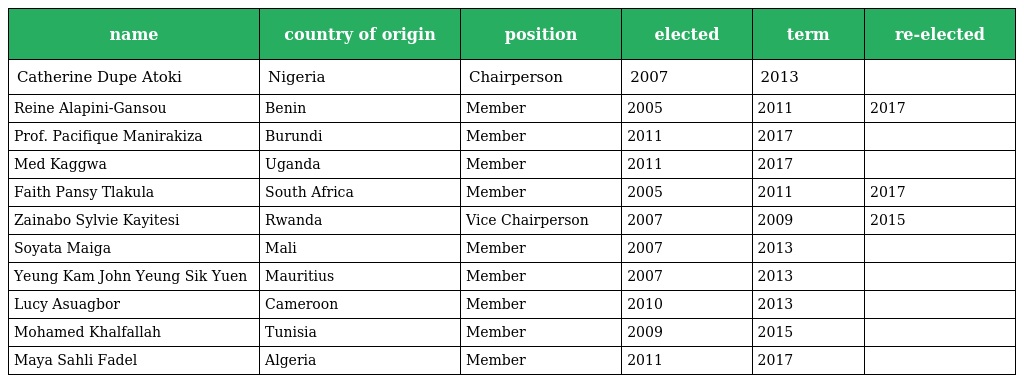
| name | country of origin | position | elected | term | re-elected |
 | --- | --- | --- | --- | --- | --- |
 | Catherine Dupe Atoki | Nigeria | Chairperson | 2007 | 2013 |  |
 | Reine Alapini-Gansou | Benin | Member | 2005 | 2011 | 2017 |
 | Prof. Pacifique Manirakiza | Burundi | Member | 2011 | 2017 |  |
 | Med Kaggwa | Uganda | Member | 2011 | 2017 |  |
 | Faith Pansy Tlakula | South Africa | Member | 2005 | 2011 | 2017 |
 | Zainabo Sylvie Kayitesi | Rwanda | Vice Chairperson | 2007 | 2009 | 2015 |
 | Soyata Maiga | Mali | Member | 2007 | 2013 |  |
 | Yeung Kam John Yeung Sik Yuen | Mauritius | Member | 2007 | 2013 |  |
 | Lucy Asuagbor | Cameroon | Member | 2010 | 2013 |  |
 | Mohamed Khalfallah | Tunisia | Member | 2009 | 2015 |  |
 | Maya Sahli Fadel | Algeria | Member | 2011 | 2017 |  |